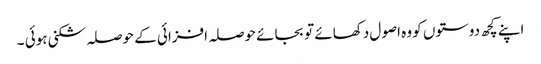
اپنے کچھ دوستوں کو وہ اصول دکھائے تو بجائے حوصلہ افزائی کے حوصلہ شکنی ہوئی ۔